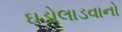
ઘડોલાડવાનો